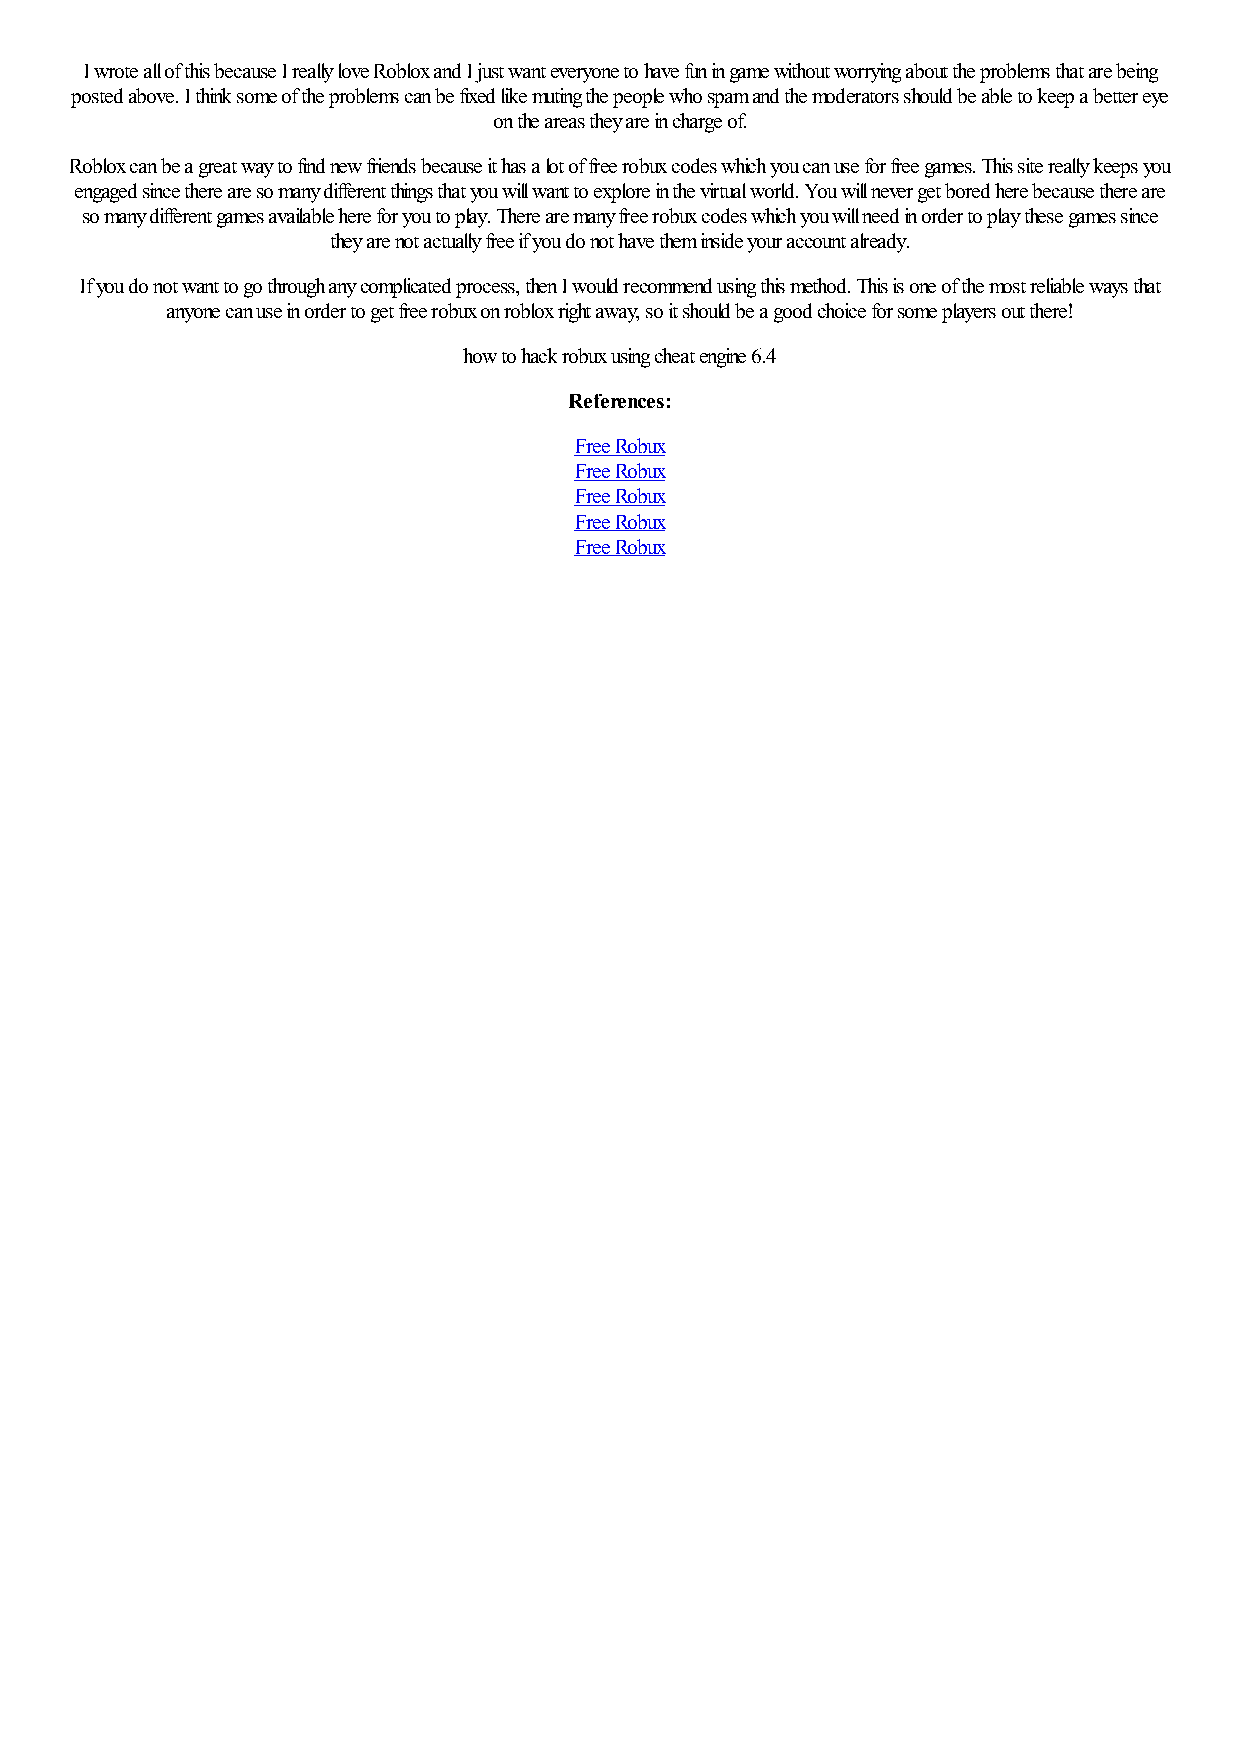
I wrote all of this because I really love Roblox and I just want everyone to have fun in game without worrying about the problems that are being
 posted above. I think some of the problems can be fixed like muting the people who spam and the moderators should be able to keep a better eye
 on the areas they are in charge of.
 Roblox can be a great way to find new friends because it has a lot of free robux codes which you can use for free games. This site really keeps you
 engaged since there are so many different things that you will want to explore in the virtual world. You will never get bored here because there are
 so many different games available here for you to play. There are many free robux codes which you will need in order to play these games since
 they are not actually free if you do not have them inside your account already.
 If you do not want to go through any complicated process, then I would recommend using this method. This is one of the most reliable ways that
 anyone can use in order to get free robux on roblox right away, so it should be a good choice for some players out there!
 how to hack robux using cheat engine 6.4
 References:
 Free Robux
 Free Robux
 Free Robux
 Free Robux
 Free Robux